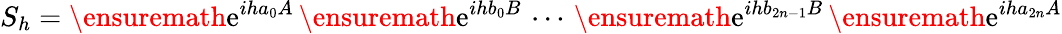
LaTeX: S_{h}=\ensuremath{\mathrm{e}}^{iha_{0}A}\, \ensuremath{\mathrm{e}}^{ihb_{0}B}\, \cdots\, \ensuremath{\mathrm{e}}^{ihb_{2n-1}B}\, \ensuremath{\mathrm{e}}^{iha_{2n}A}